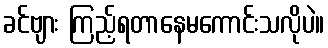
ခင်ဗျား ကြည့်ရတာနေမကောင်းသလိုပဲ။